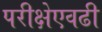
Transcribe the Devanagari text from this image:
परीक्षेएवढी